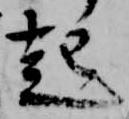
起